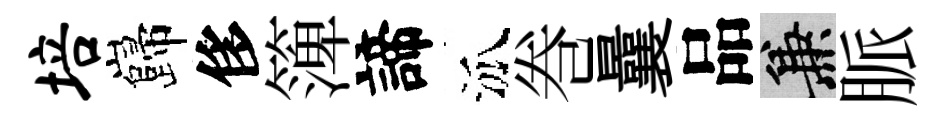
培巋侈𥱼諦泒巻曩品兼脈